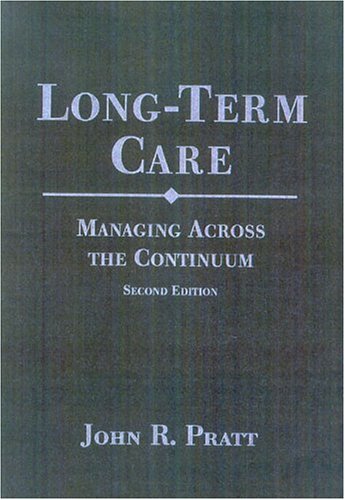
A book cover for Long-term Care: Managing Across the Continuum; John R. Pratt; Medical Books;